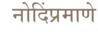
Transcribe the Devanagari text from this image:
नोदिंप्रमाणे